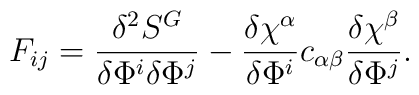
F_{ij}=\frac{\delta^{2}S^{G}}{\delta\Phi^{i}\delta\Phi^{j}}-\frac{\delta\chi^{\alpha}}{\delta\Phi^{i}}c_{\alpha\beta}\frac{\delta\chi^{\beta}}{\delta\Phi^{j}}.